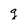
Character: g